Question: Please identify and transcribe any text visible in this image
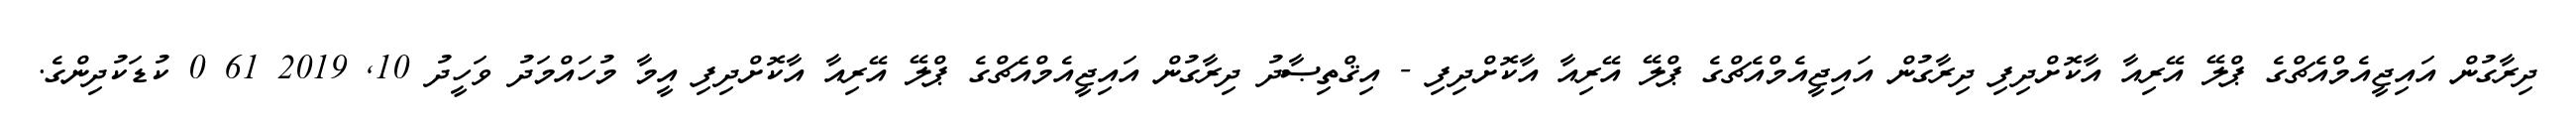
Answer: ދިރާގުން އައިޖީއެމްއެޗްގެ ޕްލޭ އޭރިއާ އާކޮށްދިފި ދިރާގުން އައިޖީއެމްއެޗްގެ ޕްލޭ އޭރިއާ އާކޮށްދިފި - އިޤްތިޞާދު ދިރާގުން އައިޖީއެމްއެޗްގެ ޕްލޭ އޭރިއާ އާކޮށްދިފި އީމާ މުހައްމަދު ވަހީދު 10, 2019 61 0 ކުޑަކުދިންގެ.